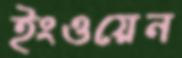
ইংওয়েন